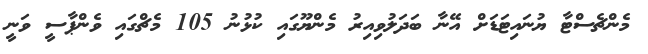
މެންޗެސްޓާ ޔުނައިޓަޑަށް އޭނާ ބަދަލުވިއިރު މެންޔޫގައި ކުޅުނު 105 މެޗްގައި ވެންޕާސީ ވަނީ